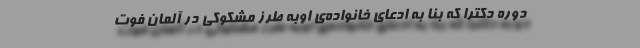
دوره دکترا که بنا به ادعای خانواده‌ی اوبه طرز مشکوکی در آلمان فوت